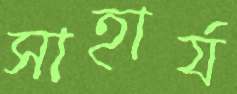
সাহার্য